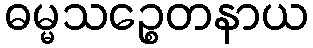
ဓမ္မသဉ္စေတနာယ